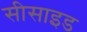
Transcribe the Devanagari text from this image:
सीसाइड